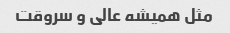
مثل همیشه عالی و سروقت